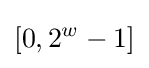
[0,2^{w}-1]